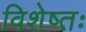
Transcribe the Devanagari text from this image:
विशेष्तः